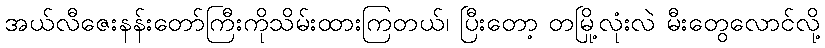
အယ်လီဇေးနန်းတော်ကြီးကိုသိမ်းထားကြတယ်၊ ပြီးတော့ တမြို့လုံးလဲ မီးတွေလောင်လို့